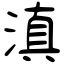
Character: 滇